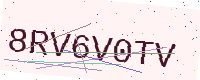
Text: 8RV6V0TV